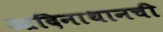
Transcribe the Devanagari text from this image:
आदिनाथानची